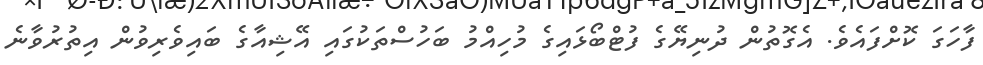
ފާހަގަ ކޮށްފައެވެ. އެގޮތުން ދުނިޔޭގެ ފުޓްބޯޅައިގެ މުހިއްމު ބަހުސްތަކުގައި އޭޝިއާގެ ބައިވެރިވުން އިތުރުވާނެ